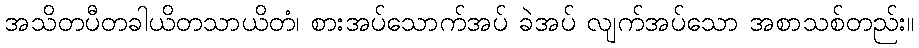
အသိတပီတခါယိတသာယိတံ၊ စားအပ်သောက်အပ် ခဲအပ် လျက်အပ်သော အစာသစ်တည်း။